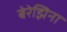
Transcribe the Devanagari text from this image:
बेरेझिना